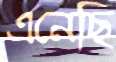
এনেছি